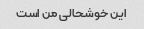
این خوشحالی من است